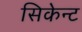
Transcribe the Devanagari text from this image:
सिकेन्ट